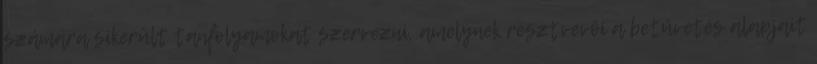
számára sikerült tanfolyamokat szervezni, amelynek résztvevői a betűvetés alapjait